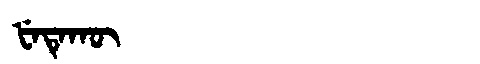
Manchu: ᡶᡝᡨᡝᡴᡡ
Romanization: FETEKŪ